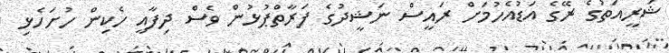
ޝަރީއަތުގެ ރޭގެ އަޑުއެހުމަށް ރައީސް ނަޝީދުގެ ފަރާތްޕުޅުން ވެސް ދިފާއީ ހެކިން ހުށަހެޅި